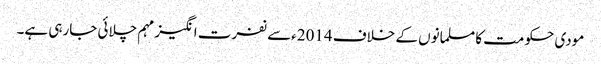
مودی حکومت کا مسلمانوں کے خلاف 2014ءسے نفرت انگیز مہم چلائی جارہی ہے۔